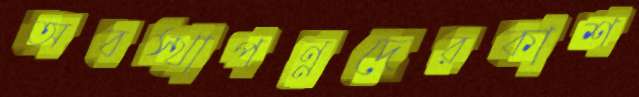
অবস্থাপন্নদেরকাশ